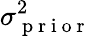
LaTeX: \sigma_{\mathrm{~p~r~i~o~r~}}^{2}